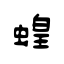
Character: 蝗